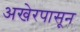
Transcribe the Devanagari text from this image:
अखेरपासून